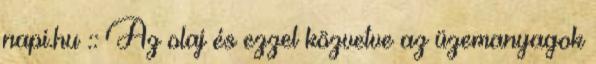
napi.hu :: Az olaj és ezzel közvetve az üzemanyagok